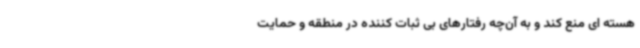
هسته ای منع کند و به آن‌چه رفتارهای بی ثبات کننده در منطقه و حمایت